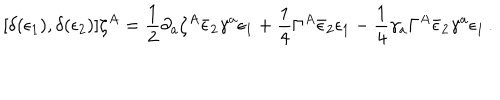
[ \delta ( \epsilon _ { 1 } ) , \delta ( \epsilon _ { 2 } ) ] \zeta ^ { A } = \frac 1 2 \partial _ { a } \zeta ^ { A } \bar { \epsilon } _ { 2 } \gamma ^ { a } \epsilon _ { 1 } + \frac 1 4 \Gamma ^ { A } \bar { \epsilon } _ { 2 } \epsilon _ { 1 } - \frac 1 4 \gamma _ { a } \Gamma ^ { A } \bar { \epsilon } _ { 2 } \gamma ^ { a } \epsilon _ { 1 } \, .